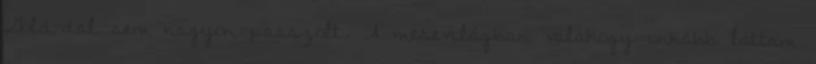
Gold-dal sem nagyon passzolt. A mesevilágban valahogy inkább láttam